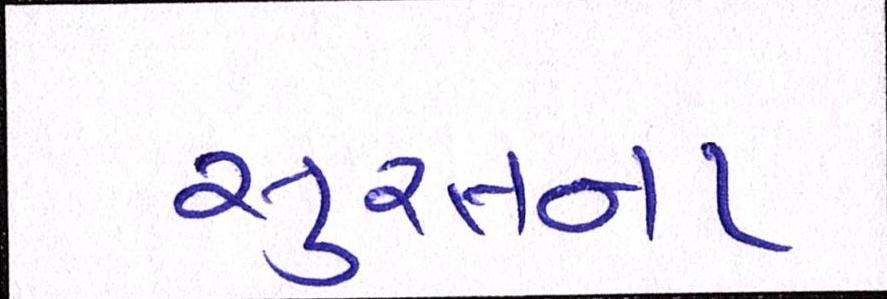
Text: સુરતના